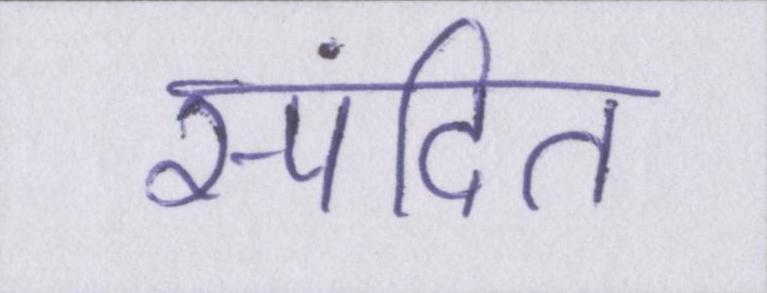
स्पंदित